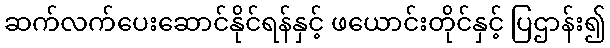
ဆက်လက်ပေးဆောင်နိုင်ရန်နှင့် ဖယောင်းတိုင်နှင့် ပြဌာန်း၍